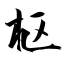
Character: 枢